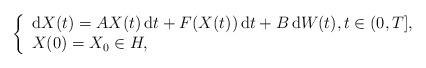
LaTeX: \begin{align*}\left\{ \begin{array}{ll} \mbox{d} X(t) = A X(t) \, \mbox{d}t + F(X(t))\, \mbox{d}t + B\,\mbox{d}W(t), t \in (0, T], \\ X(0)= X_0 \in H, \end{array}\right.\end{align*}